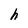
Character: h